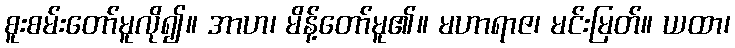
စူးစမ်းတော်မူလို၍။ အာဟ၊ မိန့်တော်မူ၏။ မဟာရာဇ၊ မင်းမြတ်။ ယထာ၊